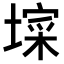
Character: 𭏧